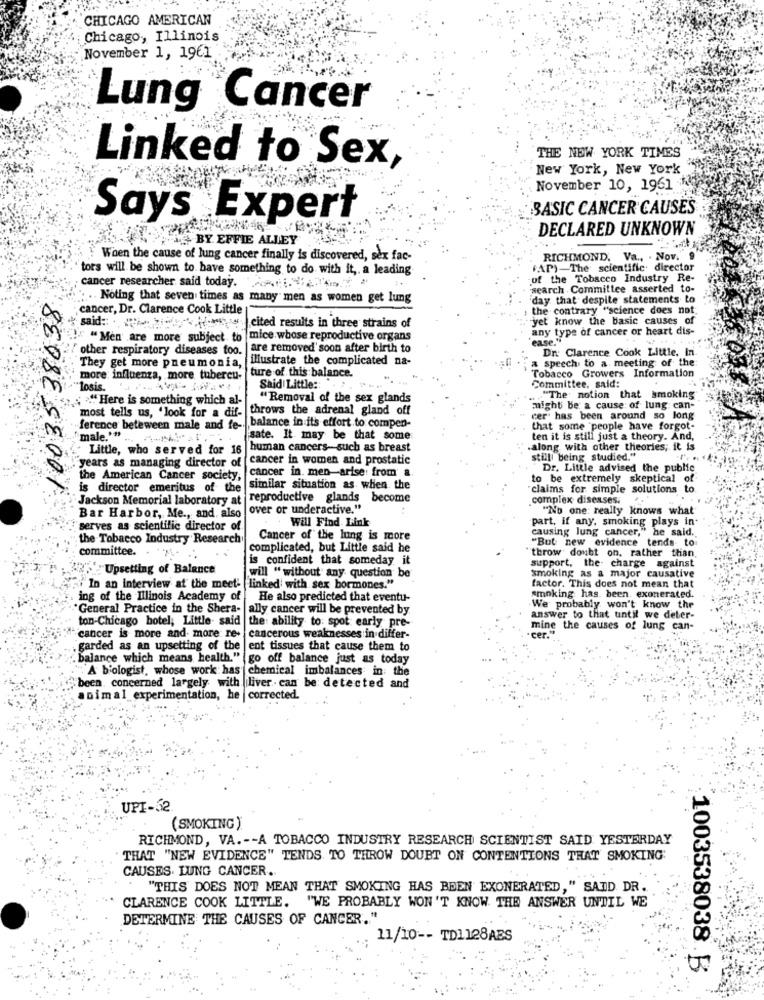
CHICAGO AMERICAN
Chicago, Illinois
November 1, 1961
Lung Cancer
Linked to Sex,
THE NEW YORK TIMES
New York, New York
November 10, 1961 1
BASIC CANCER CAUSES
Says Expert
DECLARED UNKNOWN
i_ BY. EFFIE ALLEY
When the cause of lung cancer finally is discovered, sex fac-
RICHMOND. Va ., . Nov. 9
tors will be shown to have something to do with it ,. a leading
$AP)-The scientific. director
of the Tobacco Industry Re-
cancer researcher said today. .. . "
search . Committee asserted to-
10035 38038
. .. Noting that seven times as many men as women get lung
'day that despite statements to
cancer, Dr. Clarence Cook Little
the contrary "science does not
said ::
yet know the basic causes of
cited results in three strains of
any type of cancer or heart dis-
" Men are more subject to mice whose reproductive organs
"ease."
are removed' soon after birth to
Dn: Clarence Cook Little, In
other respiratory diseases too.
illustrate the complicated na-
a speech to a meeting of the
They get more pneumonia,
more influenza, more tubercu-
ture of this balance.
Tobacco Growers Information
"losis.
Said Little ::
Committee, said:
"Here is something which al-
"Removal of the sex glands
"The notion that smoking
most tells us, 'look for a dif- throws the adrenal gland off
might be a cause of lung can-
ference beteween male and fe- balance in its effort to compen-
cer has been around so long
that some people have forgot-
male."" ..
sate. It may be that some
ten it is still just a theory. And,
Little, who served for 16 |human cancers-such as breast
.along with other theories; it is
cancer in women and prostatic
still being studied."
years as managing director of
cancer in. men-arise: from' a
Dr. Little advised the public
the American Cancer society,
to be extremely skeptical
is director emeritus of the
similar situation as when the
"claims for simple solutions to.
Jackson Memorial laboratory at
reproductive glands become
complex diseases. .
over or underactive."
"No one: really knows what
Bar Harbor, Me ., and, also
Will Find Link
part, if any, smoking plays in
serves as scientific director of
causing lung cancer," he said.
the Tobacco Industry Research
Cancer of the lung is more
"But new evidence tends to
committee.
complicated, but Little said he
. .... .
is confident that someday it
"throw doubt on, rather than,
Upsetting of Balance
support, the- charge against
will "without any question be
smoking as a major causative
pi In an interview at the meet- linked with sex hormones."
factor. This does not mean that
ing of the Illinois Academy of
He also predicted that eventu-
smoking has been. exonerated.
General Practice in the Shera-
ally cancer will be prevented by.
.We probably won't know the
ton-Chicago hotel, Little- said
the: ability to: spot early pre-
answer to that until we deter-
mine the causes of lung can-
cancer is more and more re- cancerous weaknesses in differ-
cer.
garded as an upsetting of the ent tissues that cause them to
balance which means health." go off balance just as today
A biologist, whose work has chemical imbalances in the
"been concerned largely with liver- can be detected and
animal experimentation, he corrected.
UPI-52
(SMOKING )
RICHMOND, VA .-- A TOBACCO INDUSTRY RESEARCH SCIENTIST SAID YESTERDAY
THAT "NEW EVIDENCE" TENDS TO THROW DOUBT ON CONTENTIONS THAT SMOKING'
CAUSES. LUNG CANCER.
"THIS DOES NOT MEAN THAT SMOKING HAS BEEN EXONERATED," SAID DR.
CLARENCE COOK LITTLE. "WE PROBABLY WON'T KNOW THE ANSWER UNTIL WE
DETERMINE THE CAUSES OF CANCER .. "
11/10 -- TD1128ABS
1003538038 B